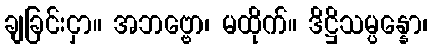
ချခြင်းငှာ။ အဘဗ္ဗော၊ မထိုက်။ ဒိဋ္ဌိသမ္ပန္နော၊